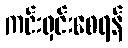
ကင်းရှင်းစေရန်